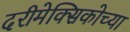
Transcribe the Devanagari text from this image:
दरीमेक्सिकोच्या